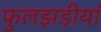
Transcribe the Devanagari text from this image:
फुलझडीयां